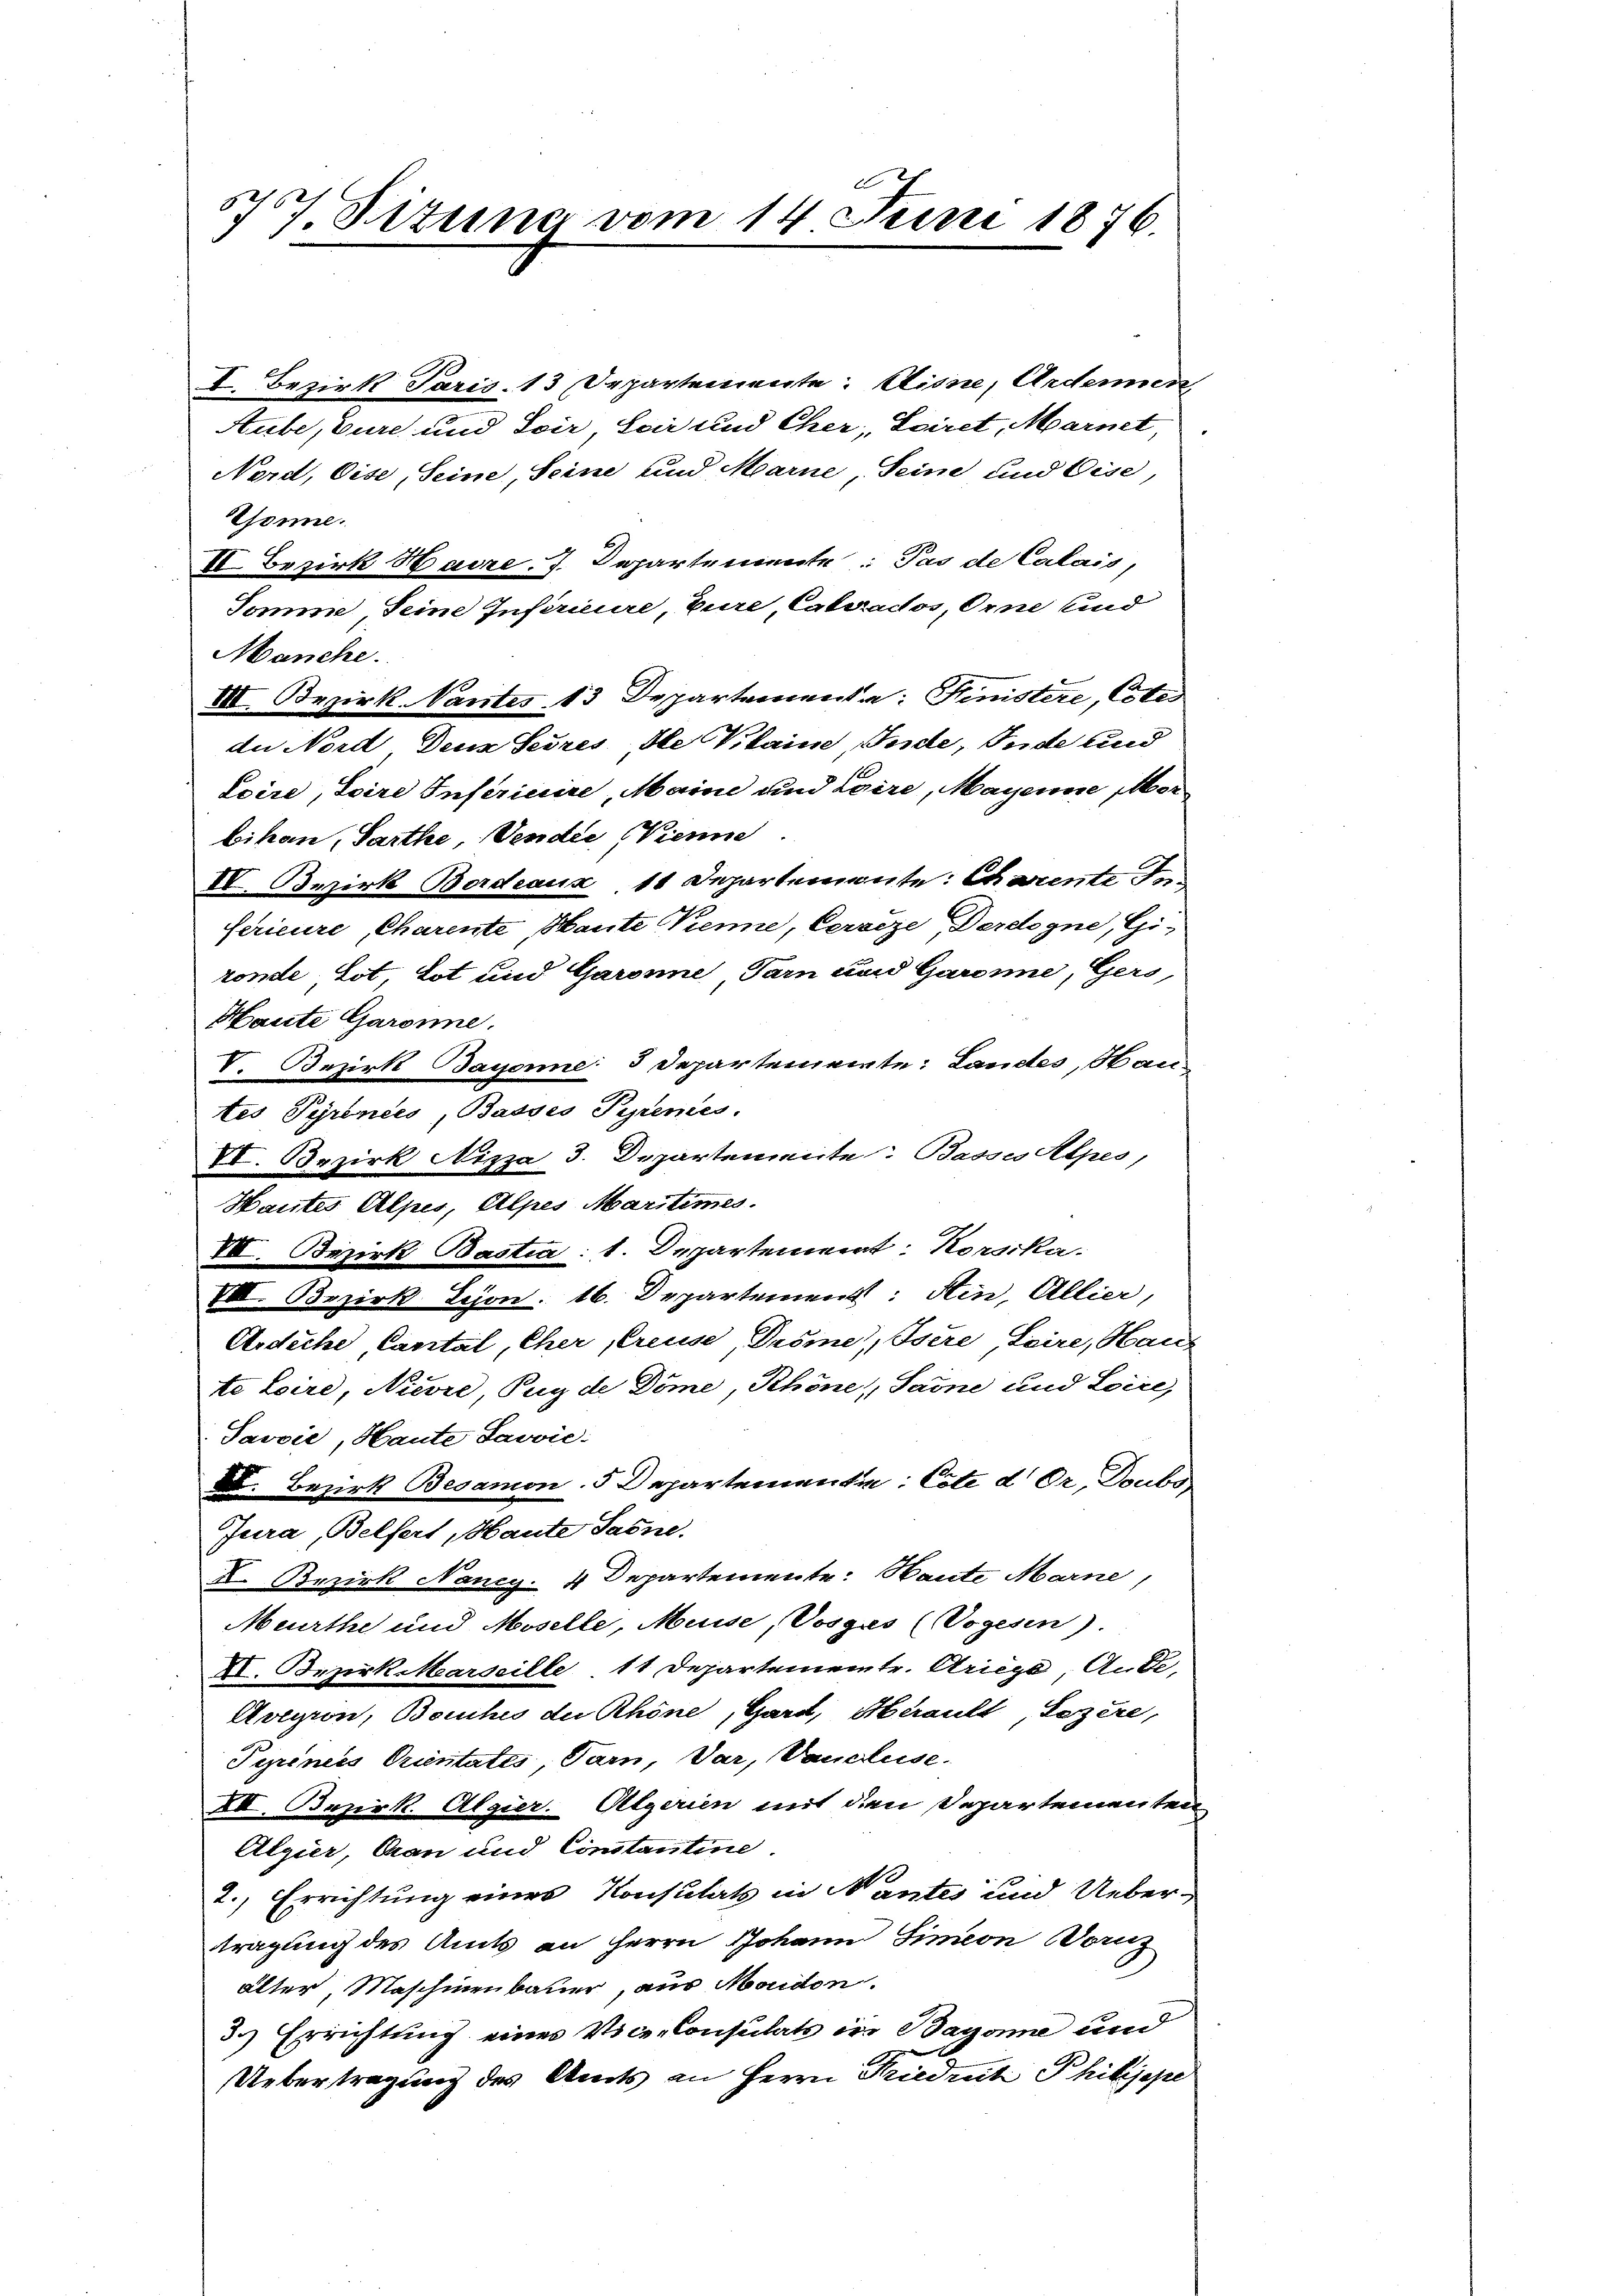
5707. Sitzung vom 14. Juni 1876.

I. Bezirk Paris 13 Departemente: Sinne, Ardennen,
Aube, Eure und Soir Seir und Cher, Sciret, Marnet,
Nord, Oise, Seine, Seine und Marne, Seine und Eise,
Thonne.
II Bezirk Hadre 7. Departemente: Pas de Calais,
Somme, seine Inférieure, Eure Catrados, Orne und
Manche.
VII. Bezirk. Vantes 13 Departementa: Hinistere, Cote
du Nord Dein Seines Ale Klaine, Inde, Ende und
Loire, Soire Inferinire, Maine und Loire, Mayenne er
bikon, Sarthe, Vendie (Vienne
IV. Bezirk Bordeaux 11 Departemente: Charente Inferieure, Charente, Haute Trenne, Cerseze, Derdogne, Gi-
ronde tot tot und Garonne Tarn und Garanne, Gers
Haute Garonne.
tes Pyrences, Basses Pyrenes.
VI. Bezirk Nizza 3. Departemente: Basses Alpes,
Hautes Alpis, Alpes Martimes.
VIII. Bezirk Bastia: 1. Departement: Korsika
VIII. Bezirk Bejon. 16. Departement: Ain, Allier,
Ardiche, Cantal, Cher Creuse, Prome", Isere Leire, Haus
te Loire, Nievre Puyde Dime, Schöne, Saine und Loire,
Javvić, Haute Javvić:
X. Bezirk Besamon. 5 Departementen: Cste d. Dr. Doubor
Jura, Belfert, Haute Saone.
X. Bezirk Nancy. 4 Departemente: Haute Marne,
Meurthe und Moselle, Meise, Vosgas (Vogesen).
XI. Bezirk Marseille 11 Departementr. Kriege, Ande
Avegron, Bauches de Rhöne, Gard, Herault, Sezere,
Pepines Orientatis Tarn, dar, Vancluse.
XII. Bezirk. Algier. Algerien mit den Departementen
Algier, Can und Constantine.
2., Errichtung eines Konsulats in Mantes und Uebertragung des Amts an Herrn Johann Simeon Dornz
alter Maschinenbauer, aus Moudon.
3.) Errichtung eines Vice-Consulats der Bagonne und
Uebertragung des Amts an Herrn Friedret Philijepe

V. Bezirk Bayerne 3 Departemente: Landes, Bau¬